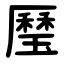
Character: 㻺